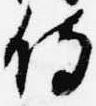
侍